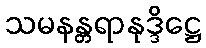
သမနန္တရာနုဒ္ဒိဋ္ဌေ